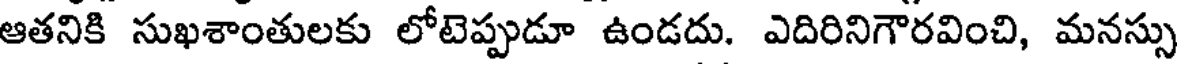
ఆతనికి సుఖశాంతులకు లోటెప్పుడూ ఉండదు. ఎదిరినిగౌరవించి, మనస్సు